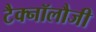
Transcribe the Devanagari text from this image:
टैक्नॉलौजी